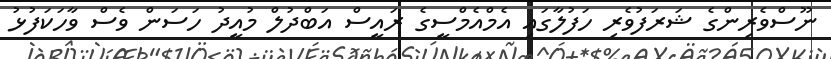
ނޫސްވެރިންގެ ޝަރަފުވެރި ހަފުލާގައި އެމްއެމްސީގެ ރައީސް އަބްދުލް މުއީދު ހަސަން ވެސް ވާހަކަފުޅު